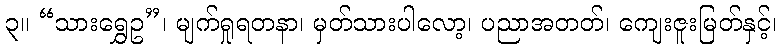
၃။ “သားရွှေဥ”၊ မျက်ရှုရတနာ၊ မှတ်သားပါလော့၊ ပညာအတတ်၊ ကျေးဇူးမြတ်နှင့်၊